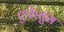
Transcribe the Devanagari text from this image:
एफेसुस